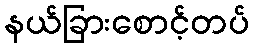
နယ်ခြားစောင့်တပ်